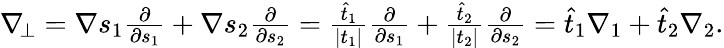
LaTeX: \begin{array}{r}{\nabla_{\! \bot}=\nabla s_{1}\frac{\partial}{\partial s_{1}}+\nabla s_{2}\frac{\partial}{\partial s_{2}}=\frac{\widehat{t}_{1}}{|t_{1}|}\frac{\partial}{\partial s_{1}}+\frac{\widehat{t}_{2}}{|t_{2}|}\frac{\partial}{\partial s_{2}}=\widehat{t}_{1}\nabla_{1}+\widehat{t}_{2}\nabla_{2}.}\end{array}